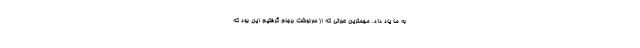
به ما یاد داد. مهمترین عبرتی که از سرنوشت برجام گرفتیم این بود که